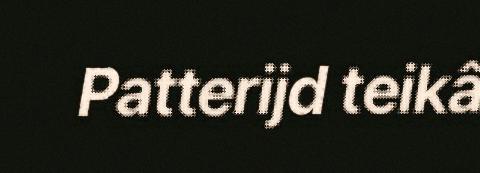
Patterijd teikâ